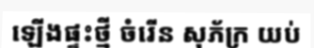
ឡើងផ្ទះថ្មី ចំរើន សុភ័ក្រ យប់